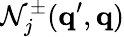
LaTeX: \mathcal{N}_{j}^{\pm}({\mathbf q}^{\prime},{\mathbf q})